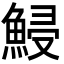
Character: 鮼